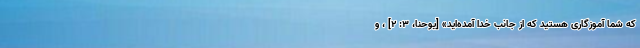
که شما آموزگاری هستید که از جانب خدا آمده‌اید» [یوحنا، ۳: ۲] ، و